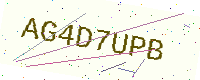
Text: AG4D7UPB